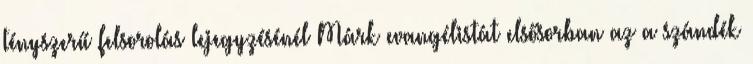
tényszerű felsorolás lejegyzésénél Márk evangélistát elsősorban az a szándék